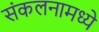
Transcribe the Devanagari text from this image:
संकलनामध्ये